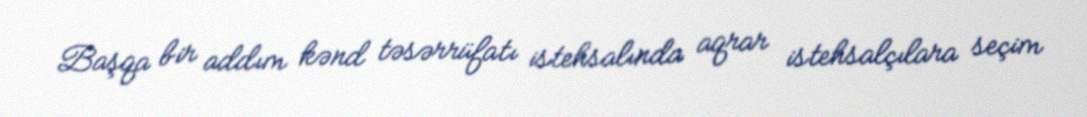
Başqa bir addım kənd təsərrüfatı istehsalında aqrar istehsalçılara seçim